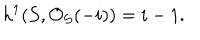
h ^ { 1 } ( { \cal S } , { \cal O } _ { \cal S } ( - i ) ) = i - 1 .